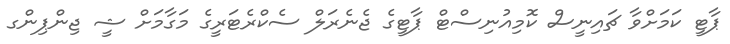
ޕާޓީ ކަމަށްވާ ޗައިނީސް ކޮމިއުނިސްޓް ޕާޓީގެ ޖެނެރަލް ސެކްރެޓަރީގެ މަގާމަށް ޝީ ޖިންޕިންގ